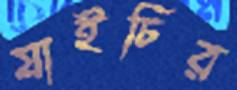
যাইচির